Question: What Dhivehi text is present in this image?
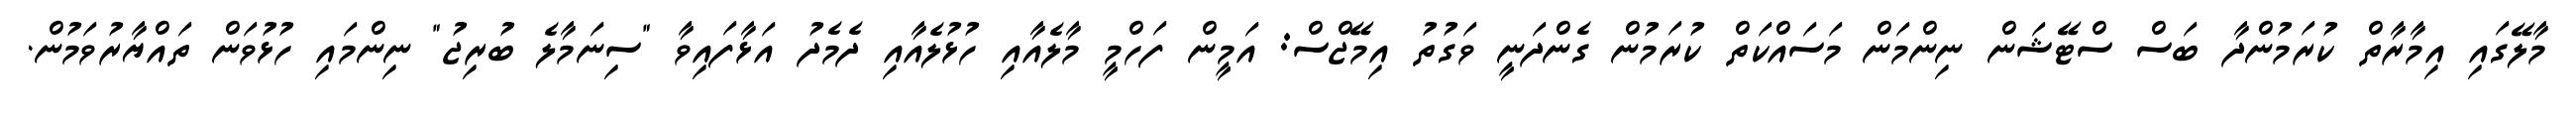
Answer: މާލޭގައި އިމާރާތް ކުރަމުންދާ ބަސް ސްޓޭޝަން ނިންމަން މަސައްކަތް ކުރަމުން ގެންދަނީ ވަގުތު އިމޭޖްސް: އަމީން ފަހްމީ މާލެއާއި ހުޅުލެއާއި ދެމެދު އަޅާފައިވާ "ސިނަމާލެ ބުރިޖު" ނިންމައި ހުޅުވަން ތައްޔާރުވަމުން.